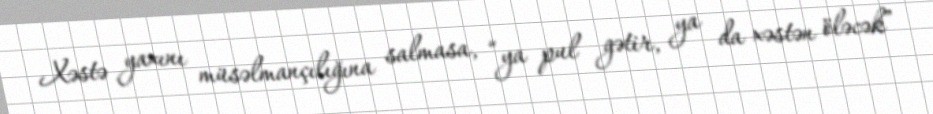
Xəstə yaxını müsəlmançılığına salmasa, “ya pul gətir, ya da xəstən öləcək”